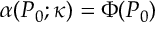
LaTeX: \alpha ( P _ { 0 } ; \kappa ) = \Phi ( P _ { 0 } )